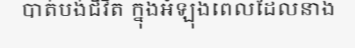
បាត់បង់ជីវិត ក្នុងអំឡុងពេលដែលនាង